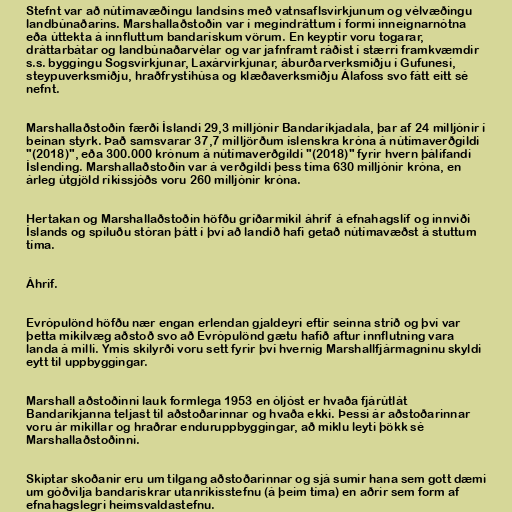
Stefnt var að nútímavæðingu landsins með vatnsaflsvirkjunum og vélvæðingu
landbúnaðarins. Marshallaðstoðin var í megindráttum í formi inneignarnótna
eða úttekta á innfluttum bandarískum vörum. En keyptir voru togarar,
dráttarbátar og landbúnaðarvélar og var jafnframt ráðist í stærri framkvæmdir
s.s. byggingu Sogsvirkjunar, Laxárvirkjunar, áburðarverksmiðju í Gufunesi,
steypuverksmiðju, hraðfrystihúsa og klæðaverksmiðju Álafoss svo fátt eitt sé
nefnt.

Marshallaðstoðin færði Íslandi 29,3 milljónir Bandaríkjadala, þar af 24 milljónir í
beinan styrk. Það samsvarar 37,7 milljörðum íslenskra króna á nútímaverðgildi
"(2018)", eða 300.000 krónum á nútímaverðgildi "(2018)" fyrir hvern þálifandi
Íslending. Marshallaðstoðin var á verðgildi þess tíma 630 milljónir króna, en
árleg útgjöld ríkissjóðs voru 260 milljónir króna.

Hertakan og Marshallaðstoðin höfðu gríðarmikil áhrif á efnahagslíf og innviði
Íslands og spiluðu stóran þátt í því að landið hafi getað nútímavæðst á stuttum
tíma.

Áhrif.

Evrópulönd höfðu nær engan erlendan gjaldeyri eftir seinna stríð og því var
þetta mikilvæg aðstoð svo að Evrópulönd gætu hafið aftur innflutning vara
landa á milli. Ýmis skilyrði voru sett fyrir því hvernig Marshallfjármagninu skyldi
eytt til uppbyggingar.

Marshall aðstoðinni lauk formlega 1953 en óljóst er hvaða fjárútlát
Bandaríkjanna teljast til aðstoðarinnar og hvaða ekki. Þessi ár aðstoðarinnar
voru ár mikillar og hraðrar enduruppbyggingar, að miklu leyti þökk sé
Marshallaðstoðinni.

Skiptar skoðanir eru um tilgang aðstoðarinnar og sjá sumir hana sem gott dæmi
um góðvilja bandarískrar utanríkisstefnu (á þeim tíma) en aðrir sem form af
efnahagslegri heimsvaldastefnu.